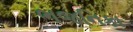
ભજનિકા